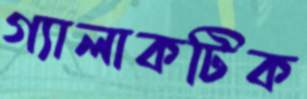
গ্যালাকটিক